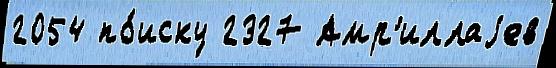
2054 по́иску 2327 Амр'иллаjев